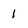
Character: 1